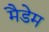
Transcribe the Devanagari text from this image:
मैडेम